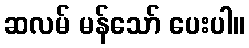
ဆလမ် မန်သော် ပေးပါ။